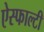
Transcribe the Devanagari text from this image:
ऐस्फाल्टी